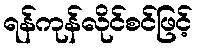
ရန်ကုန်လိုင်စင်ဖြင့်